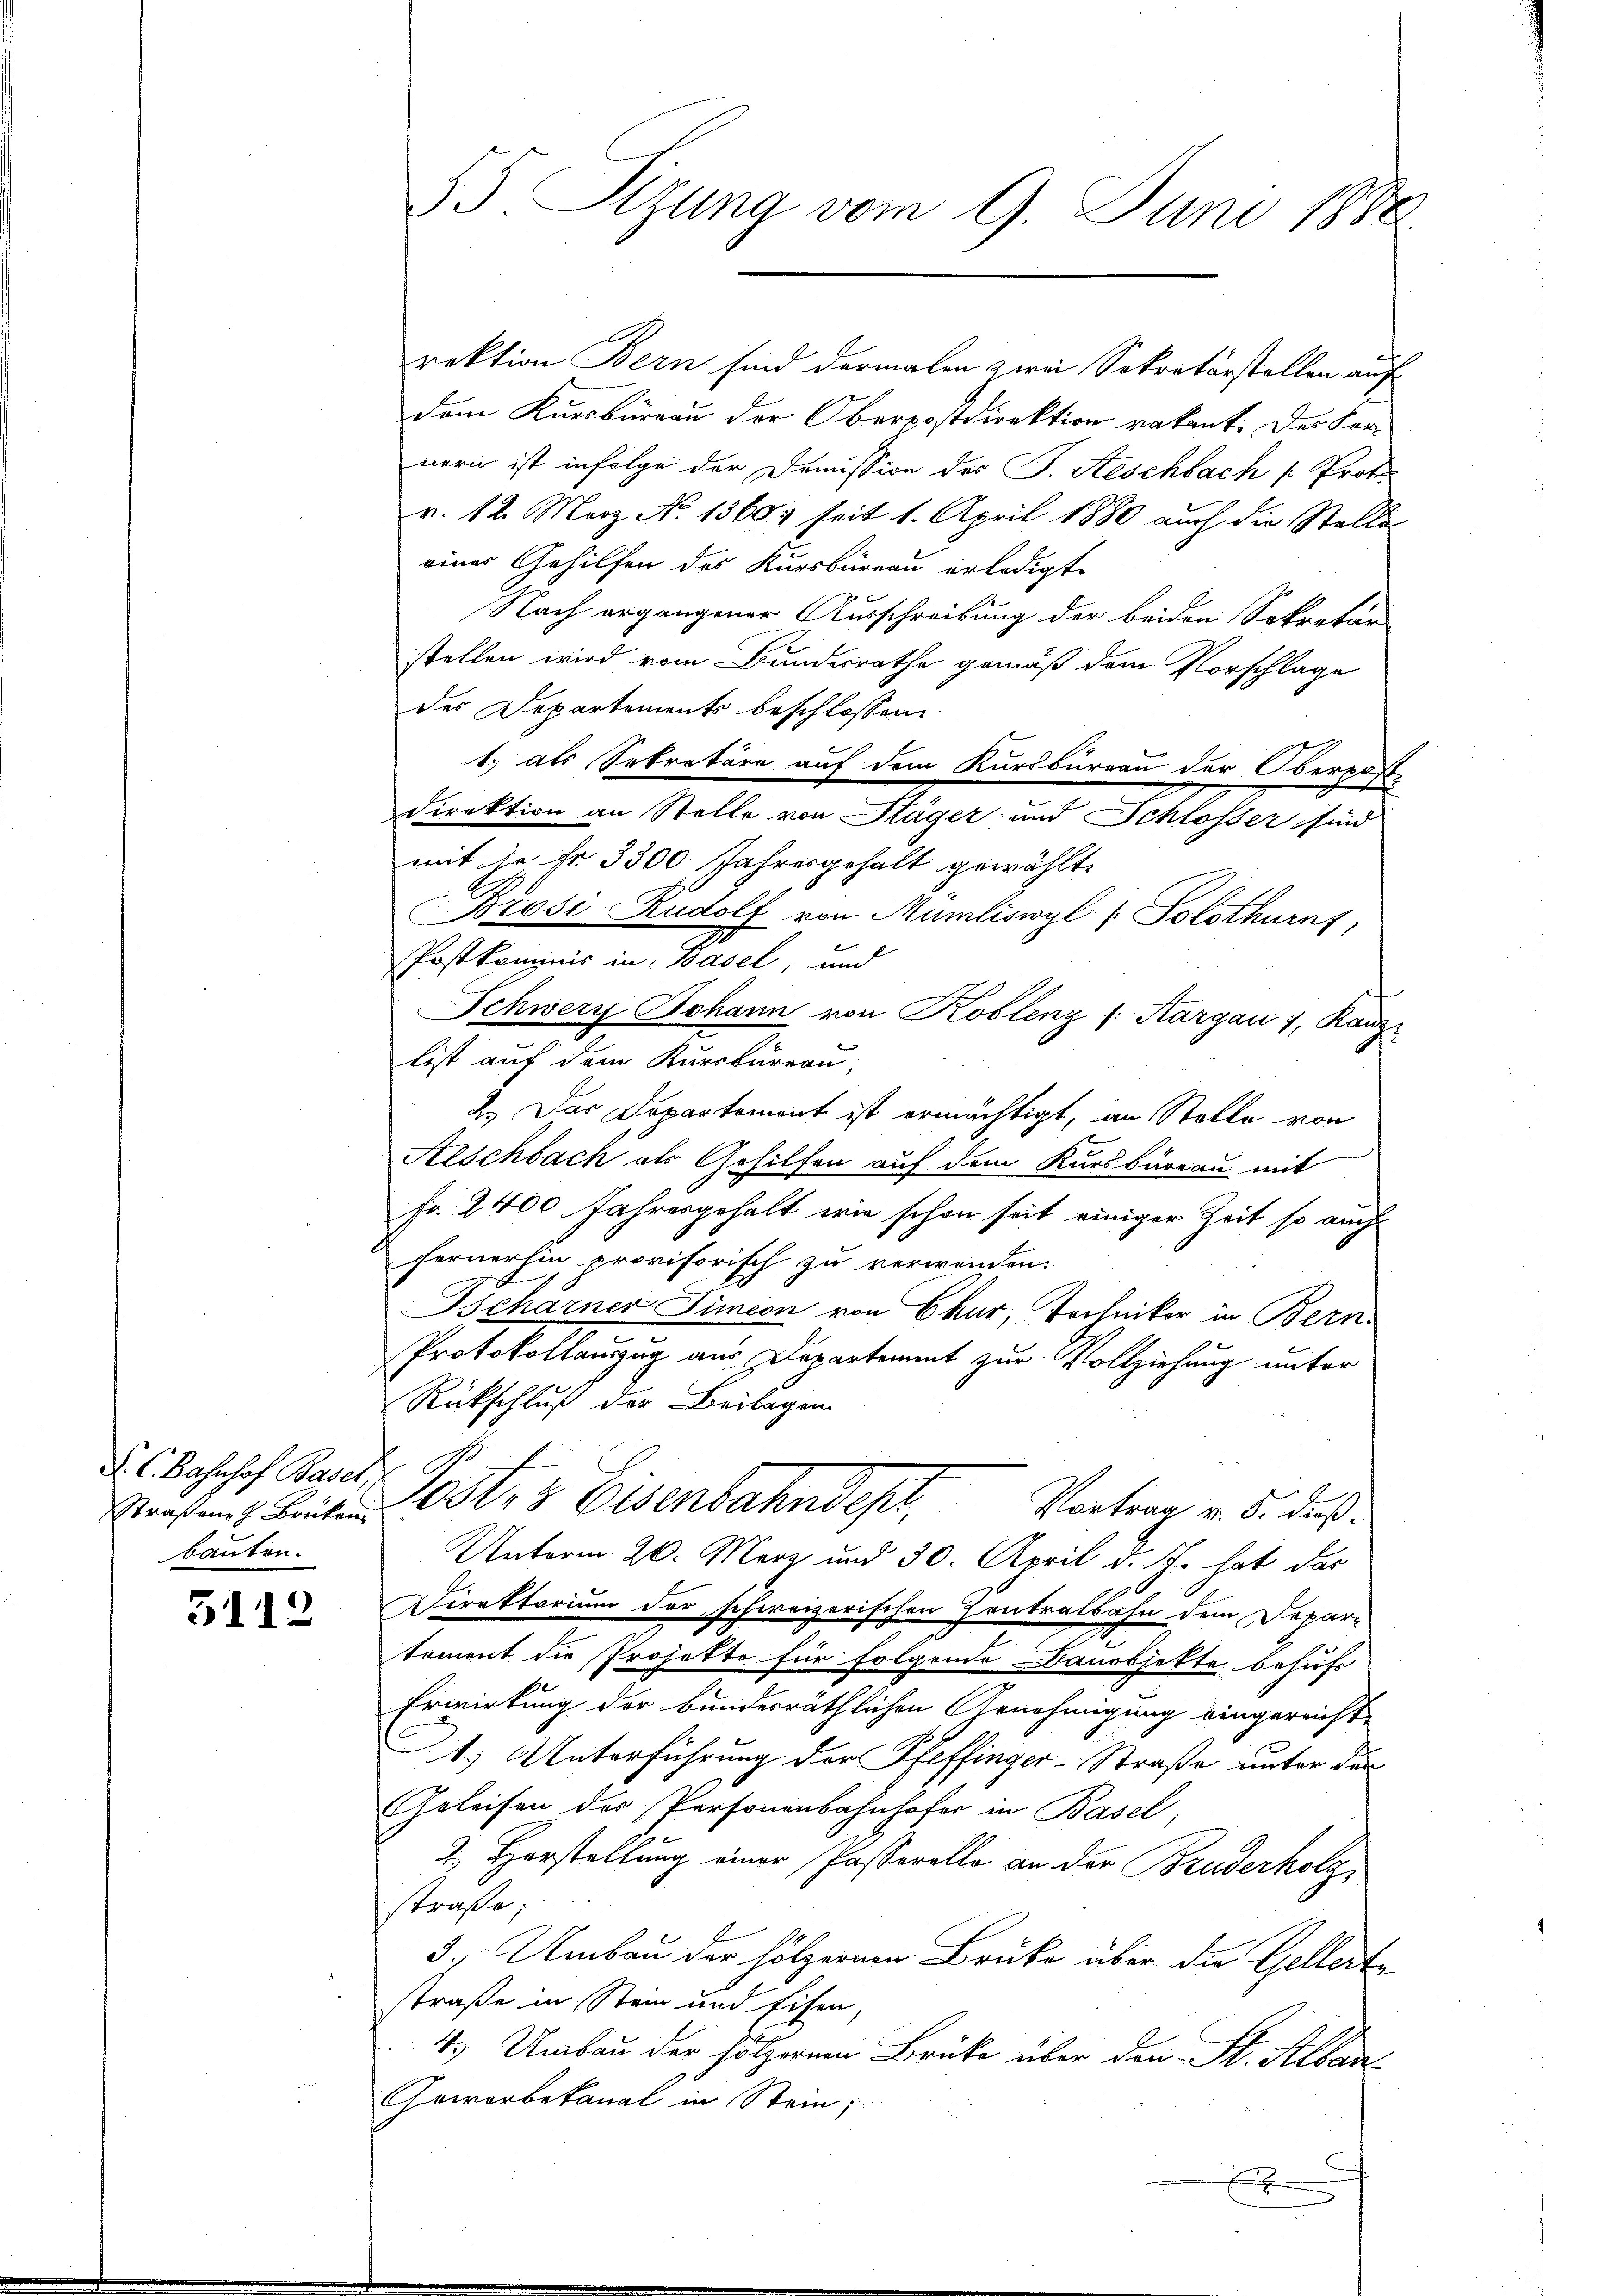
S. C. Bahnhof Basel,
bauten.

5112

55 Sizung vom 9. Juni 1880.

rektion Bern sind dermalen zwei Sekretärstellen auf
dem Kursbureau der Oberpostdirektion vakant. Der Fer-
nern ist infolge der Demission des J. Aeschbach /: Protov. 12. März No 1360 seit 1. April 1880 auch die Stelle
eines Gehilfen des Kursbureau erledigt.
Nach ergangener Ausschreibung der beiden Sekretär
stellen wird vom Bundesrathe gemäß dem Vorschlage
der Departements beschlossen:
1.) als Sekretäre auf dem Kursbureau der Oberpost-
Direktion an Stelle von Kläger und Schlosser sind
mit die Fr. 3300. Jahresgehalt gewählt.
Brosi Rudolf von Mumliswyl (Solothurn,
Postkommis in Basel, und
Schwery Johann von Koblenz (Kargau i, Kanz
list auf dem Kursbureau,
2.) Das Departement ist ermächtigt, an Stelle von
Aeschbach als Gehilfen auf dem Kursburgau mit
Fr. 2400. Jahresgehalt wie schon seit einiger Zeit so auch
fernerhin provisorisch zu verwenden:
Ischarner Simeon von Chur, Techniker in Bern
Protokollauszug aus Departement zur Vollziehung unter
Rückschluß der Beilagen
Strafen Leiten Oster 3 Eisenbahndest. Vortrag v. 5. dieß.
Unterm 26. März und 30. April d. Js. hat das
Direktorium der schweizerischen Zentralbahn dem Depar-
toment die Projekte für folgende Danobjette behufs
Erwirkung der bundesräthlichen Arnehmigung eingereicht
1) Unterführung der Pfeffinger-Straße unter den
Geleisen der Personenbahnhofer in Basel,
2. Herstellung einer Passerelle an der Bruderholz
straße;
3. Umbau der hölzernen Brücke über die Gellerte
straße in Stein und Eisen,
4. Umbau der hölzernen Brücke über den St. Alban
Gewerbekanal in Stein;
x